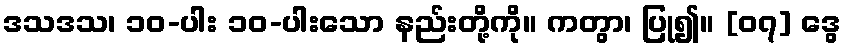
ဒသဒသ၊ ၁၀-ပါး ၁၀-ပါးသော နည်းတို့ကို။ ကတွာ၊ ပြု၍။ [၀၇] ဒွေ